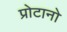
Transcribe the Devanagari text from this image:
प्रोटानो